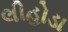
લીહોડા